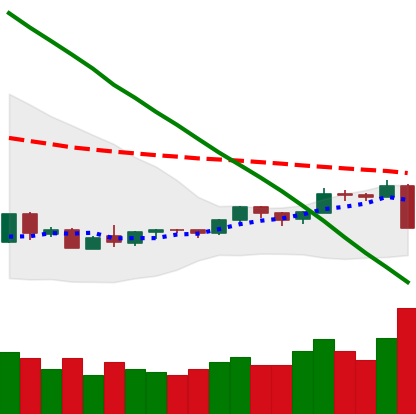
Ticker: LTC-USD
Chart end date: 2018-09-05
Forward return: -6.574%
Label: down_5_7